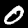
Label: 0